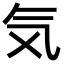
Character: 気